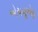
એચયૂએફ